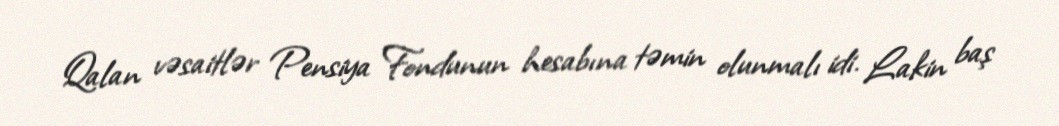
Qalan vəsaitlər Pensiya Fondunun hesabına təmin olunmalı idi. Lakin baş